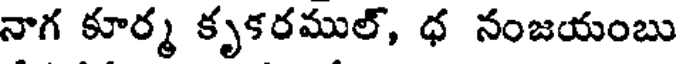
నాగ కూర్మ కృకరముల్, ధ నంజయంబు